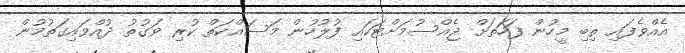
އެއްވެފައި ތިބި މީހުން ފަހަތަށް ޖެއްސުމަށްޓަކައި ފުލުހުން މަސައްކަތް ކުރި ވަގުތު ދުއްވައިގަތުމުން